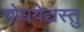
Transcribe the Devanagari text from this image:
योधयेद्यस्तु